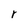
Character: r